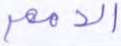
الأمم